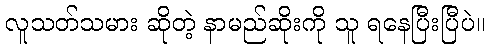
လူသတ်သမား ဆိုတဲ့ နာမည်ဆိုးကို သူ ရနေပြီးပြီပဲ။